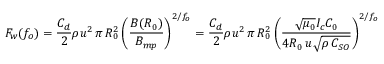
F _ { w } ( f _ { o } ) = { \frac { C _ { d } } { 2 } } \rho u ^ { 2 } \, \pi \, R _ { 0 } ^ { 2 } \, { \biggl ( } { \frac { B ( R _ { 0 } ) } { B _ { m p } } } { \biggr ) } ^ { 2 / f _ { o } } = { \frac { C _ { d } } { 2 } } \rho u ^ { 2 } \, \pi \, R _ { 0 } ^ { 2 } \, { \biggl ( } { \frac { { \sqrt { \mu _ { 0 } } } I _ { c } C _ { 0 } } { 4 R _ { 0 } \, u { \sqrt { \rho \, C _ { S O } } } } } { \biggr ) } ^ { 2 / f _ { o } }